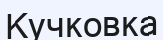
Кучковка